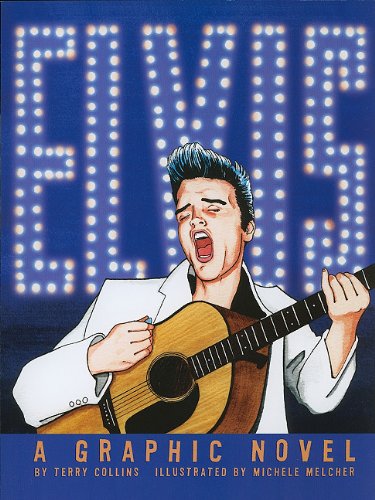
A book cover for ELVIS: A Graphic Novel (American Graphic); Terry Collins; Children's Books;